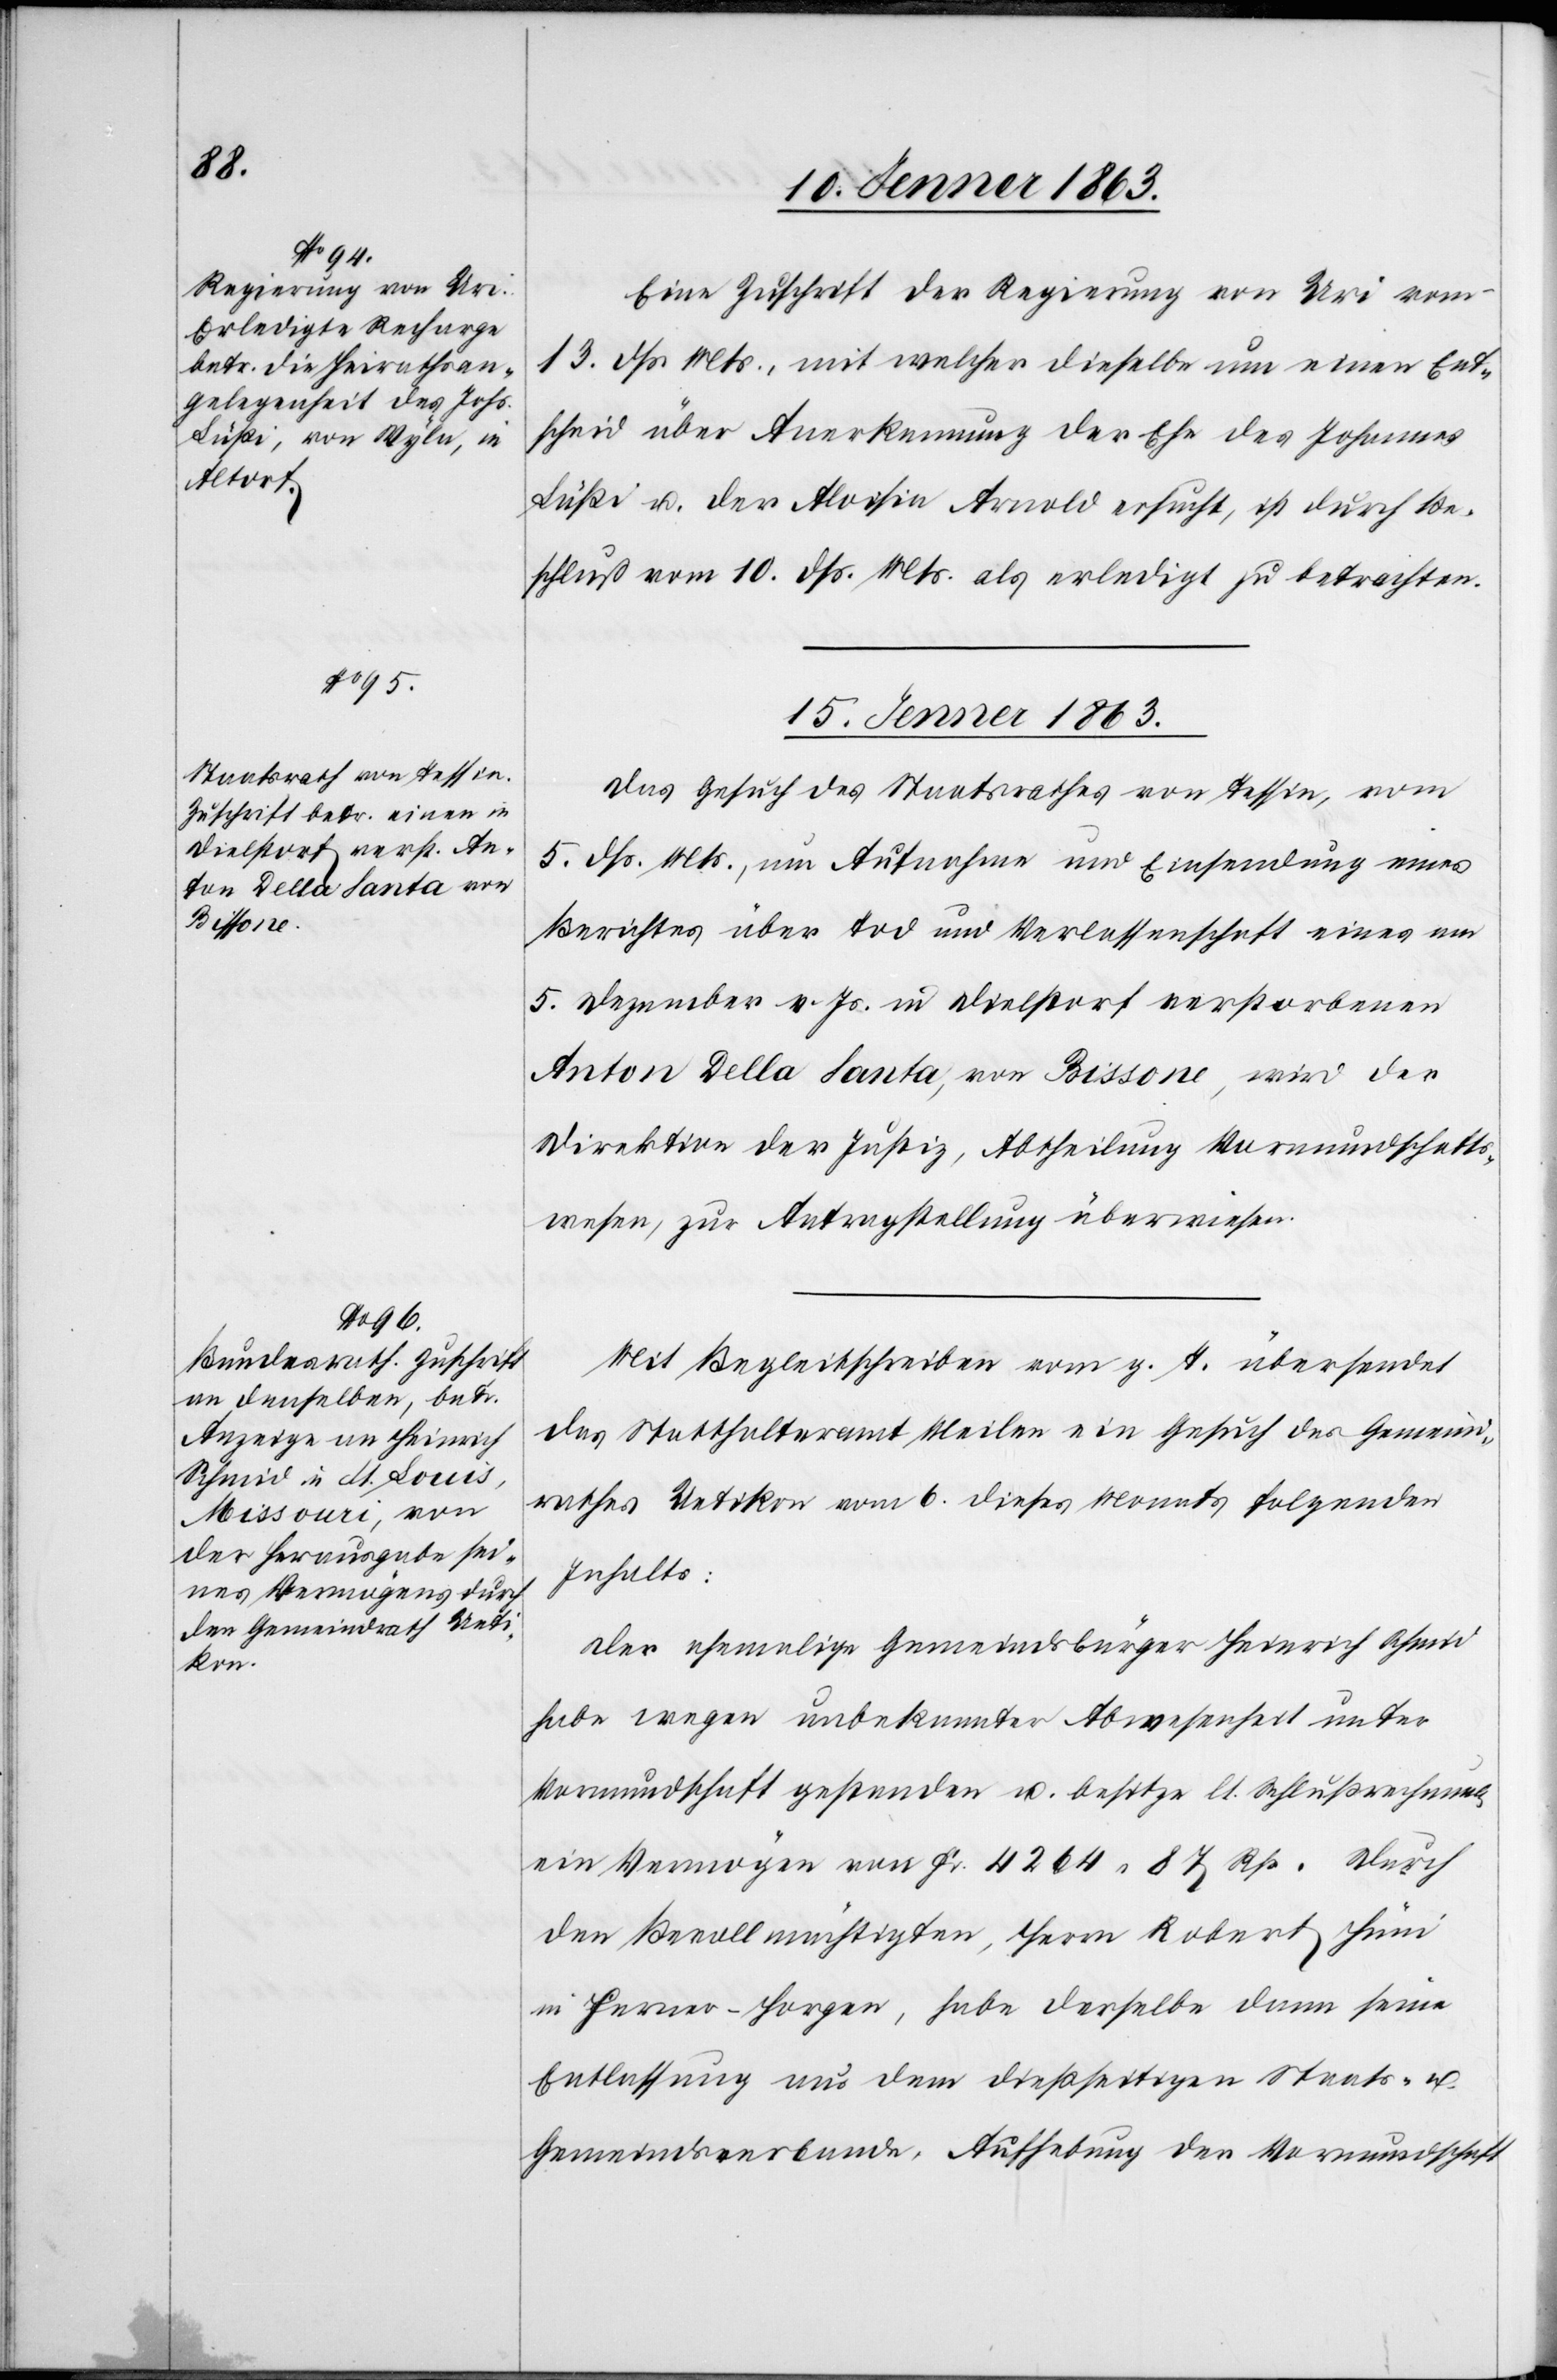
14. Jenner 1863.]
Eine Zuschrift der Regierung von Uri vom
13. dß. Mts., mit welcher dieselbe um einen Ent¬
scheid über Anerkennung der Ehe des Johannes
Lüßi u. der Aloisia Arnold ersucht, ist durch Be¬
schluß vom 10. dß. Mts. als erledigt zu betrachten.
15. Jenner 1863.]
Das Gesuch des Staatsrathes von Tessin, vom
5. dß. Mts., um Aufnahme und Einsendung eines
Berichtes über Tod und Verlassenschaft eines am
5. Dezember v. Js. in Dielstorf verstorbenen
Anton Della Santa, von Bissone, wird der
Direktion der Justiz, Abtheilung Vormundschafts¬
wesen, zur Antragstellung überwiesen.
Mit Begleitschreiben vom g. T. übersendet
das Statthalteramt Meilen ein Gesuch des Gemeind¬
rathes Uetikon vom 6. dieses Monats folgenden
Inhalts:
Der ehemalige Gemeindsbürger Heinrich Schmid
habe wegen unbekannter Abwesenheit unter
Vormundschaft gestanden u. besitze lt. Schlußrechnung
ein Vermögen von Fr. 4264. 87 Rp. Durch
den Bevollmächtigten, Herrn Robert Hüni
in Herner-Horgen, habe derselbe dann seine
Entlassung aus dem dießseitigen Staats- u.
Gemeindsverbande, Aufhebung der Vormundschaft